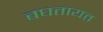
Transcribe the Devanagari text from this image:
बघतायत